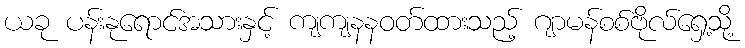
ယခု ပန်းနုရောင်အသားနှင့် ကျကျနနဝတ်ထားသည့် ဂျာမန်စစ်ဗိုလ်ရှေ့သို့